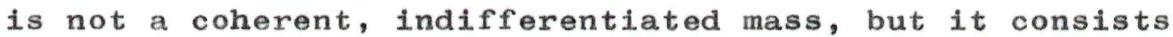
is not a coherent, indifferentiated mass, but it consists